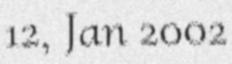
12, Jan 2002